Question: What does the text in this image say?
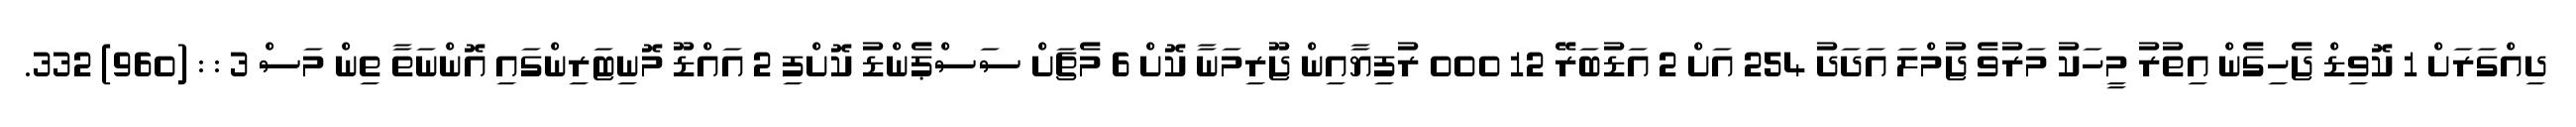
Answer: ދިއްގަރަށް 1 ކޮވިޑް ޖެހިގެން އިތުރު މީހަކު މަރުވެ ޖުމްލަ އަދަދު 254 އަށް 2 އަޑުބަރޭ 12 000 ރުފިޔާއިން ޖޫރިމަނާ ކޮށް 6 މެޗަށް ސަސްޕެންޑު ކޮށްފި 2 އައްޑޫ މޮނިޓަރިންގައި އޮންނަތާ ތިން މަސް 3 : : (960) 332.